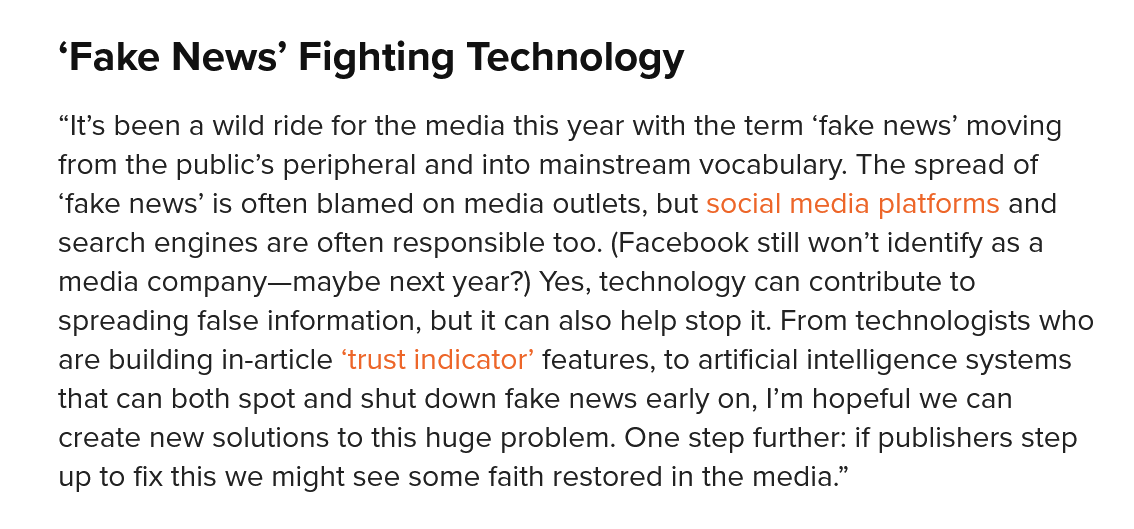
‘Fake    News’    Fighting    Technology
     “It's been a wild ride for the media this year with the term ‘fake news’ moving
     from the public’s peripheral and into mainstream vocabulary. The spread  of
     ‘fake news’ is often blamed on media  outlets, but social media platforms and
     search engines  are often responsible too. (Facebook still won’t identify as a
     media  company—maybe   next   year?) Yes, technology can contribute to
     spreading  false information, but it can also help stop it. From technologists who
     are building in-article ‘trust indicator’ features, to artificial intelligence systems
     that can both spot and shut down fake  news early on, I’m hopeful we can
     create new solutions to this huge problem. One step further: if publishers step
     up to fix this we might see some faith restored in the media.”